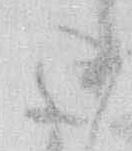
正